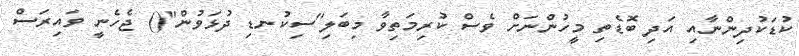
ކުޑަކުދިންނާއި އަދި ބޮޑެތި މީހުންނަށް ވެސް ކުރިމަތިވާ މިބަލި''ސިކުނޑި ދުޅަވުން''() ޖެހެނީ ވައިރަސް